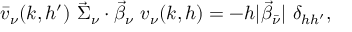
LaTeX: \bar { v } _ { \nu } ( k , h ^ { \prime } ) ~ \vec { \Sigma } _ { \nu } \cdot \vec { \beta } _ { \nu } ~ v _ { \nu } ( k , h ) = - h | \vec { \beta } _ { \bar { \nu } } | ~ \delta _ { h h ^ { \prime } } ,